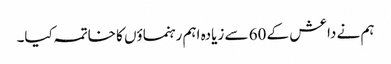
ہم نے داعش کے 60 سے زیادہ اہم رہنماؤں کا خاتمہ کیا۔